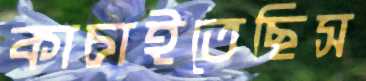
কাচাইতেছিস